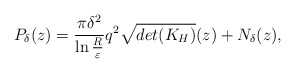
\begin{align*}P_\delta(z)=\frac{\pi\delta^2}{\ln\frac{R}{\varepsilon}}q^2\sqrt{det(K_H)}(z)+N_\delta(z),\end{align*}